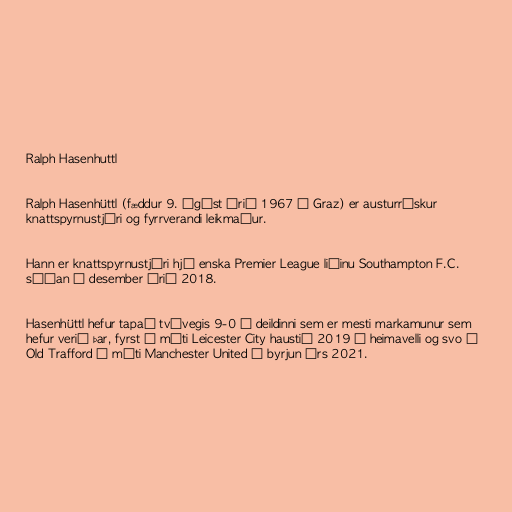
Ralph Hasenhuttl

Ralph Hasenhüttl (fæddur 9. ágúst árið 1967 í Graz) er austurrískur
knattspyrnustjóri og fyrrverandi leikmaður.

Hann er knattspyrnustjóri hjá enska Premier League liðinu Southampton F.C.
síðan í desember árið 2018.

Hasenhüttl hefur tapað tvívegis 9-0 í deildinni sem er mesti markamunur sem
hefur verið þar, fyrst á móti Leicester City haustið 2019 á heimavelli og svo á
Old Trafford á móti Manchester United í byrjun árs 2021.